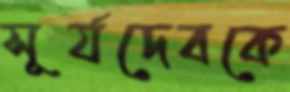
সূর্যদেবকে